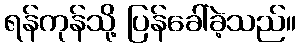
ရန်ကုန်သို့ ပြန်ခေါ်ခဲ့သည်။